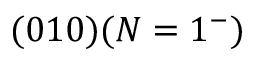
( 0 1 0 ) ( N = 1 ^ { - } )